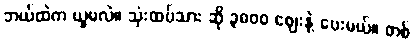
ဘယ်ထဲက ယူမလဲ။ သုံးထပ်သား ဆို ၃၈၀၀ ဈေးနဲ့ ပေးမယ်။ တစ်